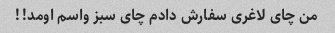
من چای لاغری سفارش دادم چای سبز واسم اومد!!